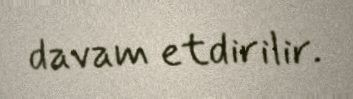
davam etdirilir.